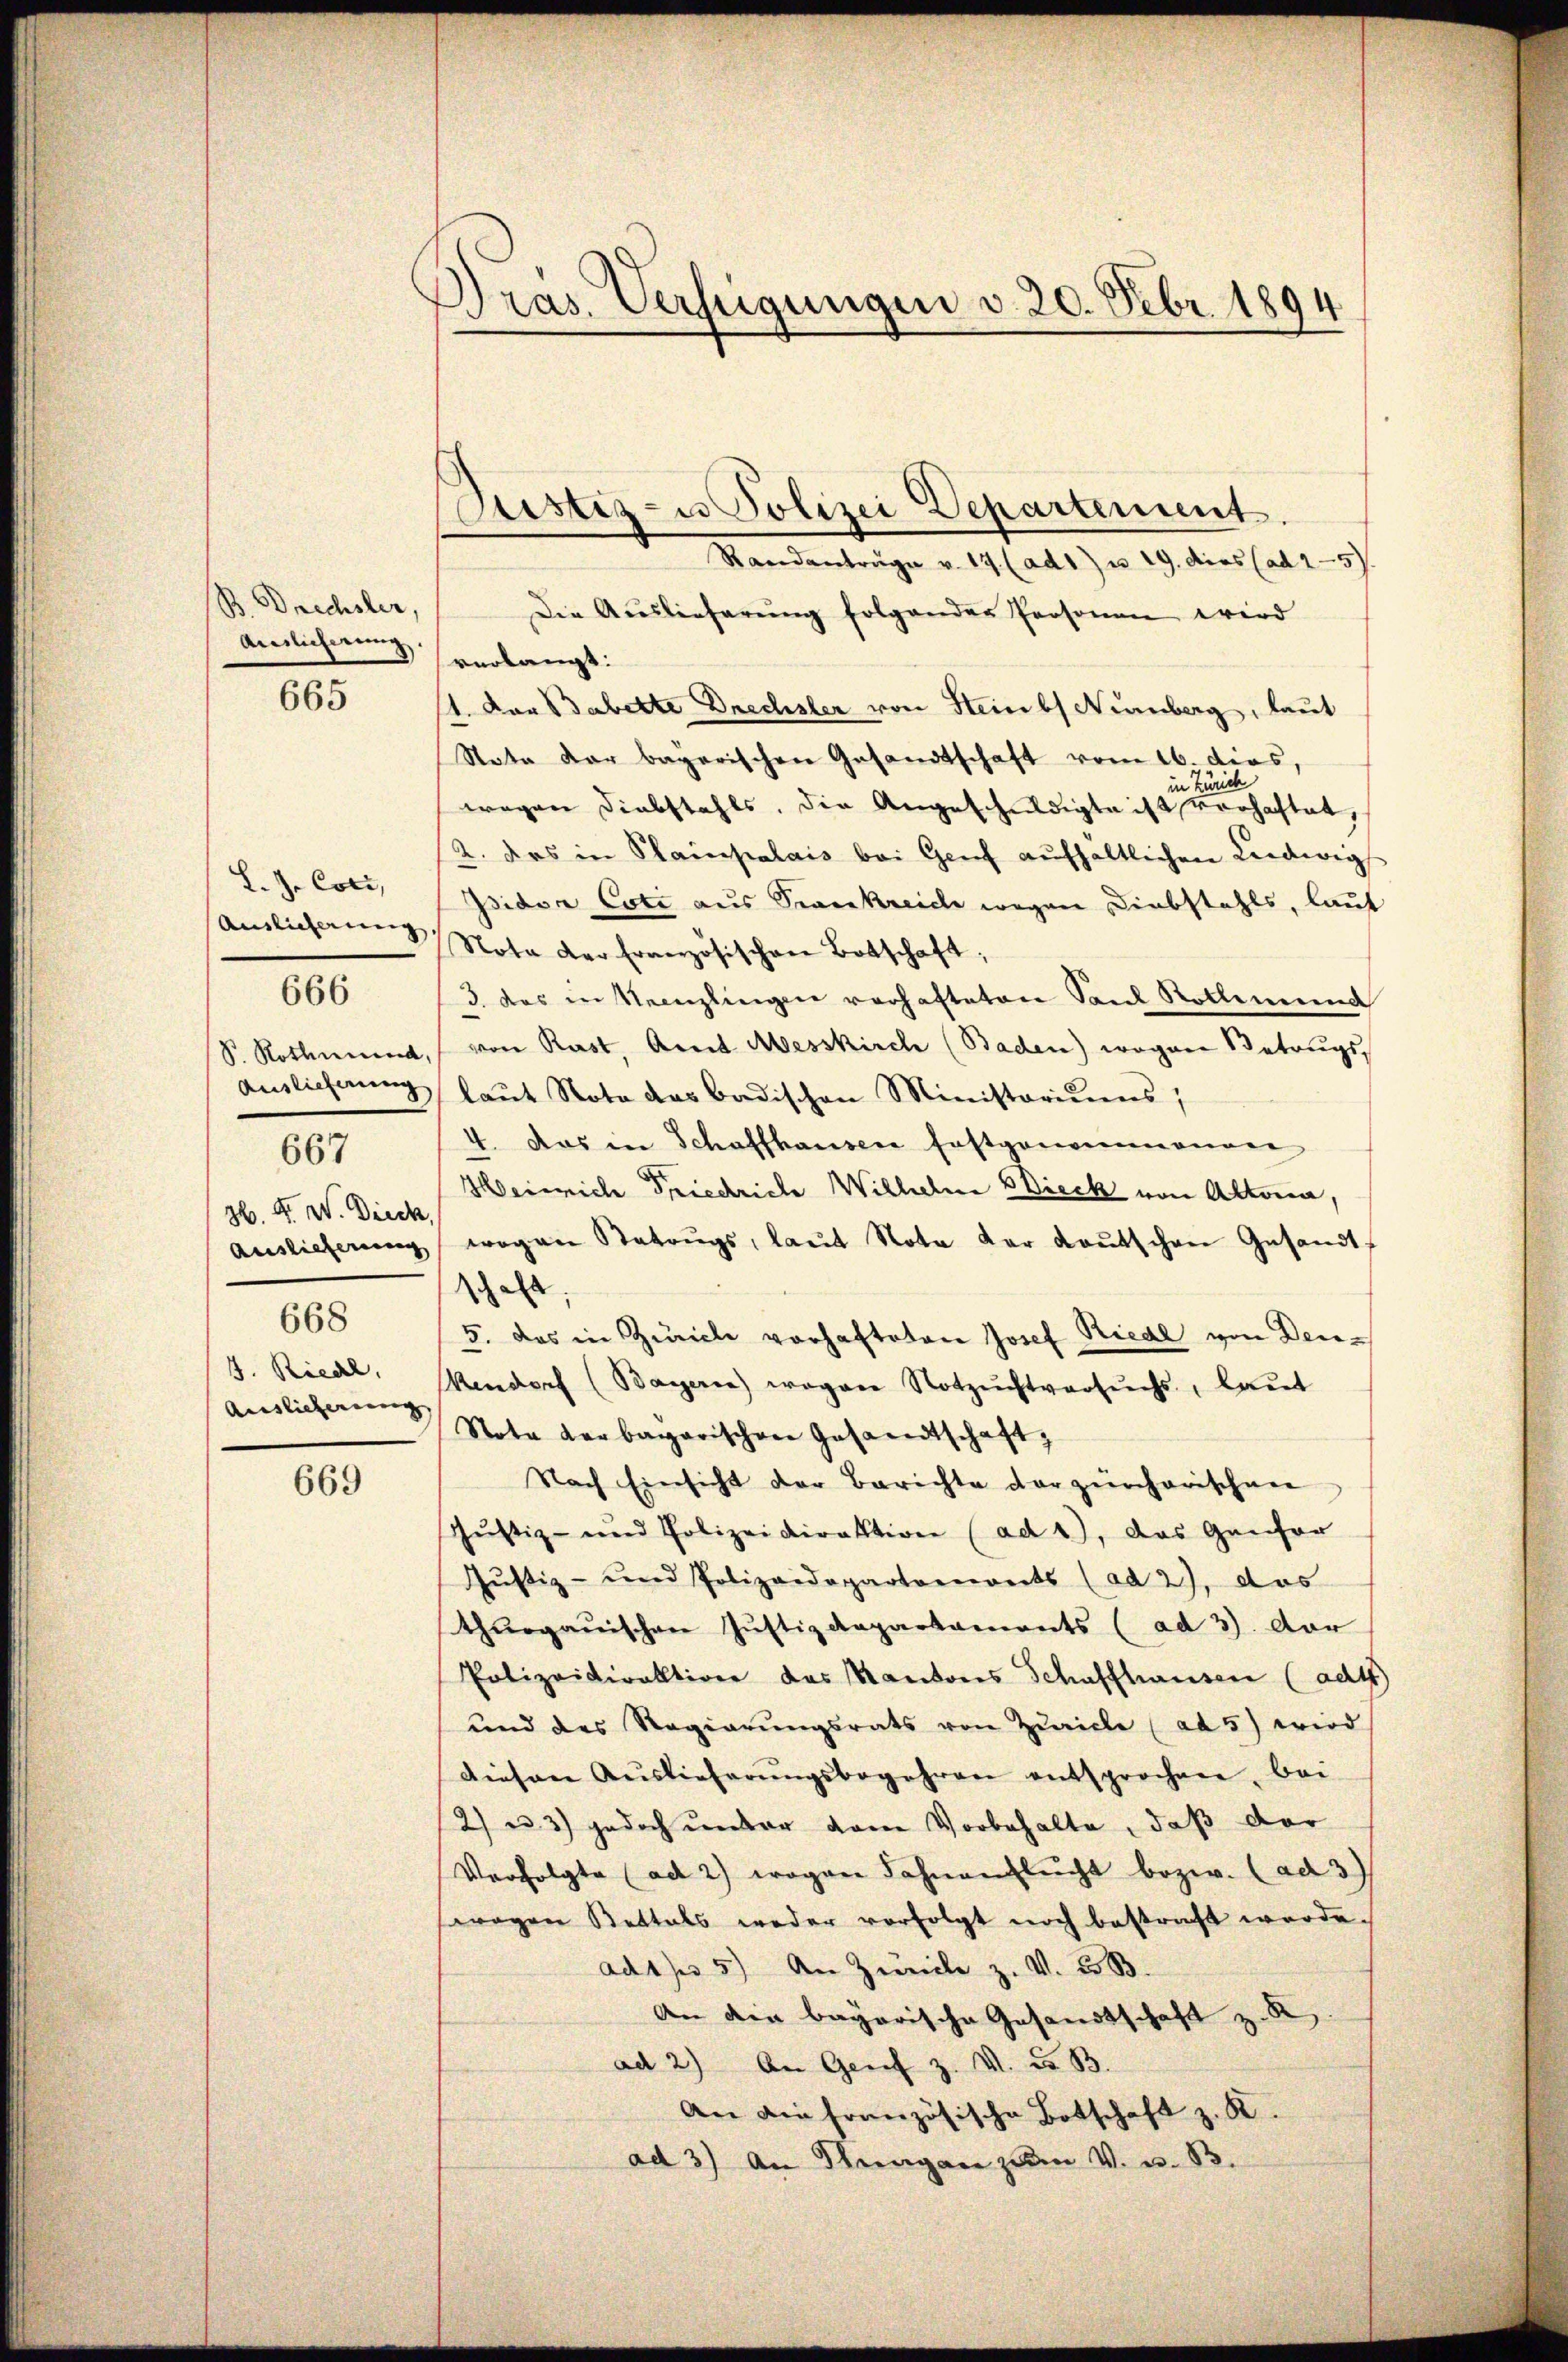
B. Drechsler,
amlicherung verlangt:

665

L. J. Cott,
667
H. F. W. Dieck,
668
J. Rical,
Auslieferung |

666

669

Dras. Verfügungen v. 20. Febr. 1894

Standanträge v. 17. (ad 1) u. 19. dies (ad 2—5).
Die Auslieferŭng folgender Personen wird
11. Der Babette Drechsler von Steinbs Nürnberg, laut
State der bagarischen Gesandtschaft vom 16. dies,
ich
in Tu
wegen Diabstahls, die Angeschuldigte ist verhaftet,
2. das in Plainpalais bei Genf aŭfhaltlichen Ludwig
Isidor Coti aus Trankreiche wegen Diebstahls, laut
amlicherung Nota der Französischen Botschaft,
3 das in Neenzlingen verhafteten Sand Rollemend
S. Rothmend, von Rast. Amt Messkirche (Baden) wegen Betrugs
Auslieferung laut Nota das badischen Ministoriums,
4. Das in Schaffhausen festgenommenen
Heinrich Friedrich Wilhelm Wieck von Altoria,
auslieferŭng wegen Rateŭgs, laŭt Nota der Kaŭtschen Gesandt-
schaft.
5. Das in Züricle vorhafteten Josef Riedl von Den¬
Vendorf (Bayerne wegen Notzŭchtversuchs, laŭt
Note verbagarischen Gesandtschaft,
Nach Einsicht der Berichte der zürcherischen
Jŭstiz- und Polizeidirektion (ad 1, das Genfor
Justiz- und Polizeidepartemonts (ad 2), das
thurgauischen Justizdepartaments (ad 3). Der
Polizeidirektion des Kantons Schaffhausen (ad 4
und des Regierŭngsrats von Zürich (ad 5) wird
diesen Auslieferŭngsbegehren entsprochen, bei
2) u. 3) jedoch unter dem Vorbehalte, daß der
Verfolgte (ad 2) wogen Fahnenflŭcht bezw. (ad 3
swagen Bettels weder vorfolgt noch bestraft werde.
ad1f 5) An Zivile z. V. B.
An die bayerische Gesandtschaft z. R.
ad 2) An Genf z. V. d. B.
An die französische Botschaft z. K.
ad 3) An Meragen zum V. u. B.

Pustiz- u Polizei Departement.